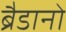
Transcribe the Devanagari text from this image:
ब्रैडानो